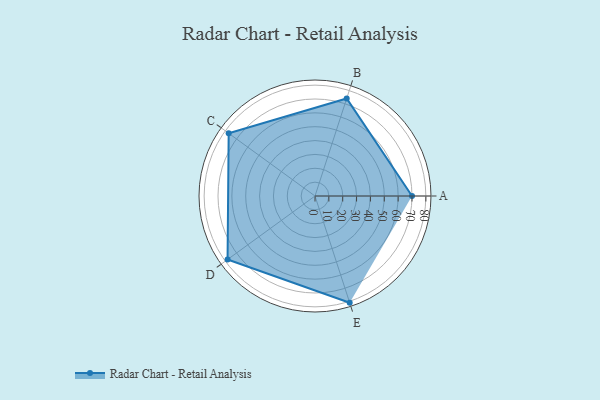
{"axis": {"x": "Skill", "y": "Score"}, "legend": ["Profile"], "data": [{"x": "A", "y": 70.0, "type": "Profile"}, {"x": "B", "y": 74.0, "type": "Profile"}, {"x": "C", "y": 77.0, "type": "Profile"}, {"x": "D", "y": 78.0, "type": "Profile"}, {"x": "E", "y": 81.0, "type": "Profile"}]}